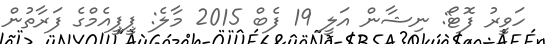
ހަވީރު ފޮޓޯ: ނިޝާން އަލީ 19 ފެބް 2015 މާލެ: ޕީޕީއެމްގެ ފަރާތުން